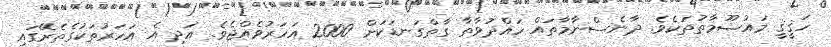
ހަޤީޤީ މައުޟޫމާތުތަކެވެ. ދާނެސްނާމާތައް ހައްދުވާތާ ގާތްގަނޑަކަށް 2000 އަހަރުވެއްޖެވެ. އަދި އެ އަހަރުތަކުގެތެރޭގައި